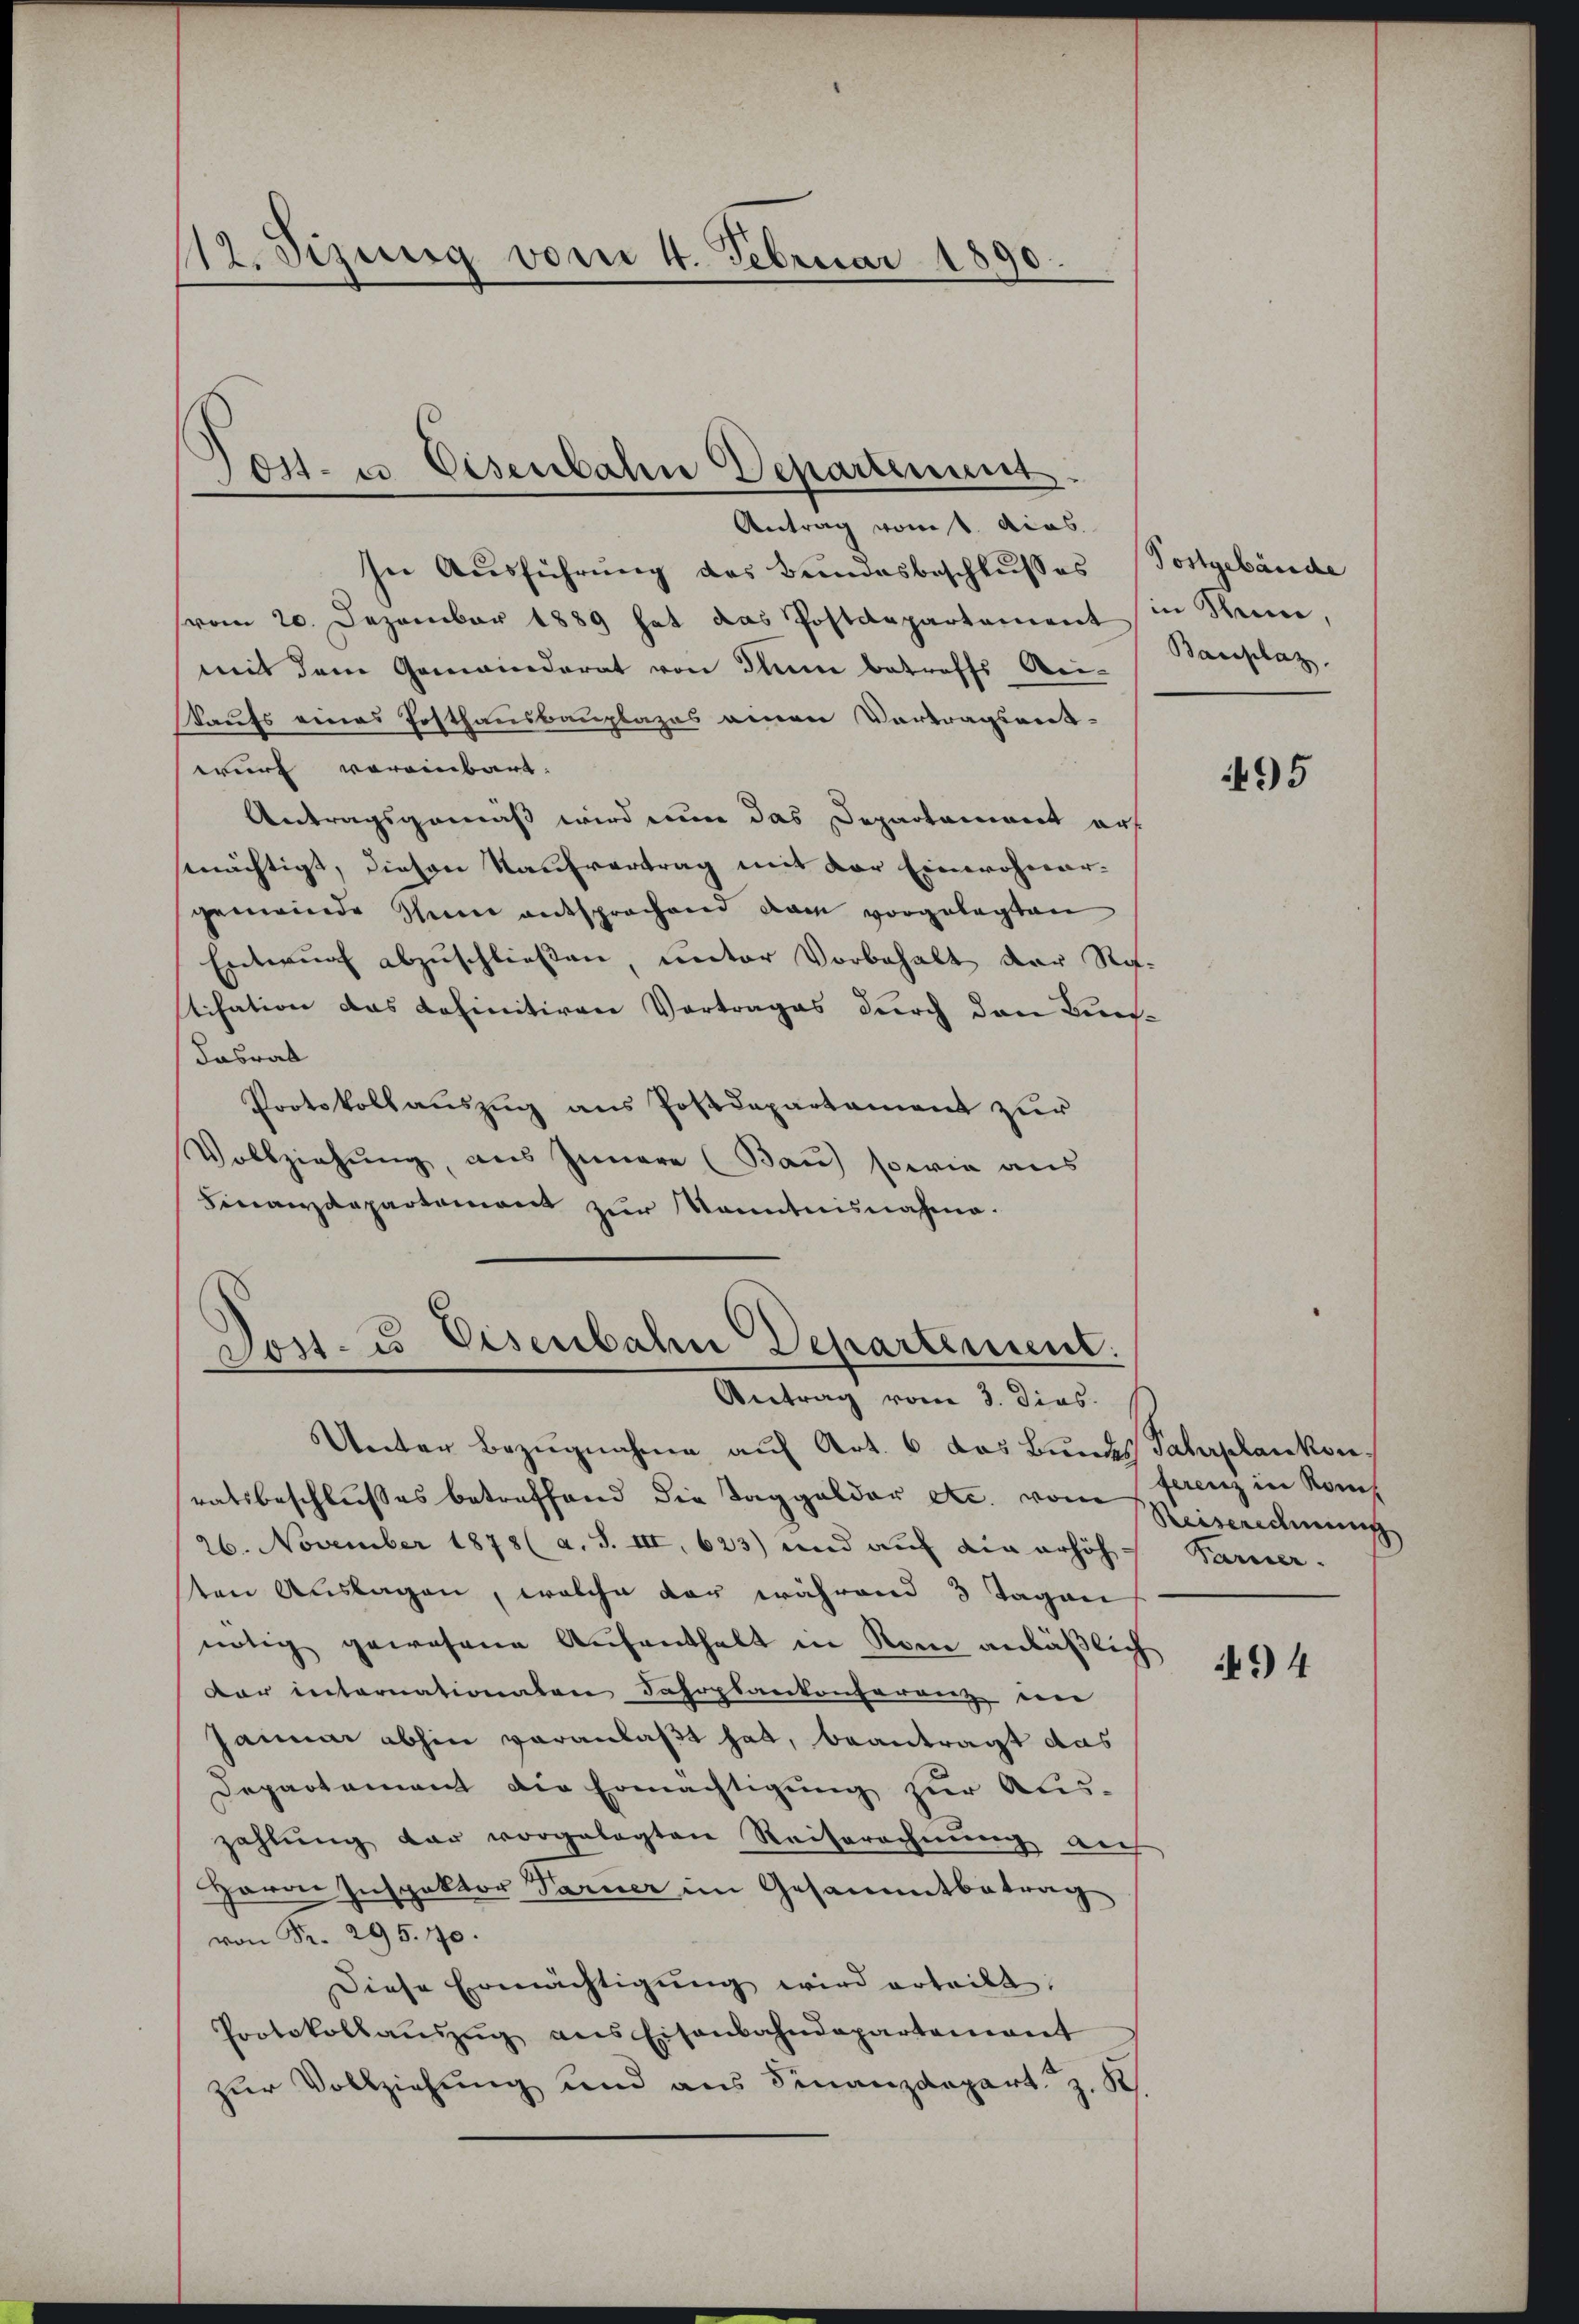
112. Sizung vom 4. Februar 1890.

Post- u Eisenbahn Departement
Antrag vom 1. das

In Ausführung des Bundesbeschlusses (Postgebäude
(vom 20. Dezember 1889 hat das Postdepartement in Seine,
mit dem Gemeinderat von Inn betreffs Bei-
Kaufs eines Posthausbauplazes einen Vortragsent-
wurf voreinbart. |
Antragsgemäß wird eine das Departement auf
mächtigt, diesen Kaufvertrag mit der Einwohner-
gemeinde Thun entsprochend dem vorgelegten
Entwurf abzuschließen, unter Vorbehalt der Retisation das definitiven Vortrages durch den Buch¬
Kasrat
Protokollauszug aus Postdepartament zur
Vollziehung, aus Innere (Bau) sowie aus
Finanzdepartement zur Kenntnisnahme.

Dost- u. Eisenbahn Departement.
Antrag vom 3. Dies

Unter Bezugnahme auf Art. 6 das Bundes Fahrplankonratsbeschlußes betreffend die Taggelder etc. vom Reiserichnung
26. November 1878 (a. S. III, 623) und auf ein erhöh
ten Auslagen, welche der während 3 Tagen
nötig gewesene Aufenthalt in Rom anläßlich
dar internationalen Fahrplankonferenz in
Januar abhin veranlaßt hat, beantragt das
Departement die Ermächtigung zur Aus-
zahlung dar vorgelegten Reiterechnung auf
Herrn Inspektor Farner im Gesammtbetrag
von Fr. 295. 70.
Diese Ermächtigung wird erteilt.
Protokollaŭszŭg ans Eisenbahndepartement
zŭr Vollziehŭng und ans Finanzdepart z. B.

Bauplaz,

495

terenz in Rom
Parner.

94